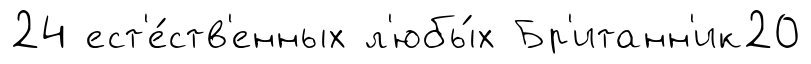
24 ест'е́ств'енных л'юбы́х Бр'итанн'ик20